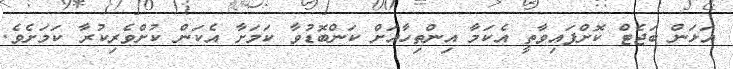
އަޅަން ބަޖެޓް ކޮށްފައިވާތީ އެކަމާ އިންތިހާއަށް ކަންބޮޑުވާ ކަމަށާ އެކަން ކުށްވެރިކުރާ ކަމަށެވެ.